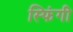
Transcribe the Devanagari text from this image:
स्फिंगी